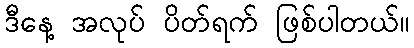
ဒီနေ့ အလုပ် ပိတ်ရက် ဖြစ်ပါတယ်။